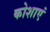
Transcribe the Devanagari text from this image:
कोशाएं